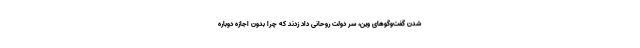
شدن گفت‌وگوهای وین، سر دولت روحانی داد زدند که چرا بدون اجازه دوباره